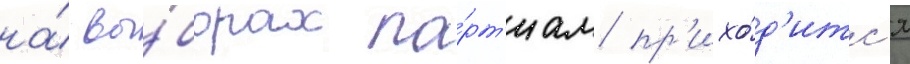
на́ вы́борах па́рт'иам пр'ихо́д'итс'я